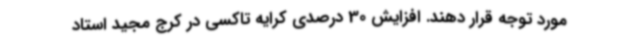
مورد توجه قرار دهند. افزایش 30 درصدی کرایه تاکسی در کرج مجید استاد